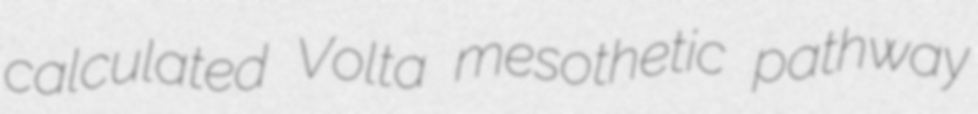
calculated Volta mesothetic pathway